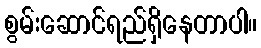
စွမ်းဆောင်ရည်ရှိနေတာပါ။